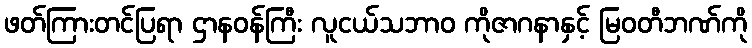
ဖတ်ကြားတင်ပြရာ ဌာနဝန်ကြီး လူငယ်သဘာ၀ ကိုဇာဂနာနှင့် မြဝတီဘဏ်ကို